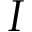
I